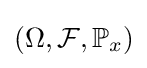
(\Omega ,{\mathcal {F}},\mathbb {P} _{x})